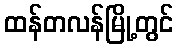
ထန်တလန်မြို့တွင်